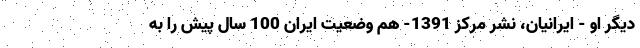
دیگر او - ایرانیان، نشر مرکز 1391- هم وضعیت ایران 100 سال پیش را به